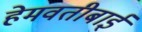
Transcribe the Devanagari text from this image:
हेमवतीबाई